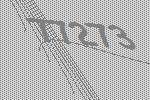
77273